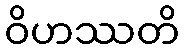
ဝိဟဿတိ